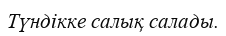
Түндікке салық салады.